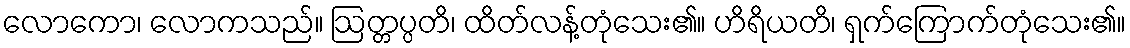
လောကော၊ လောကသည်။ ဩတ္တပ္ပတိ၊ ထိတ်လန့်တုံသေး၏။ ဟိရိယတိ၊ ရှက်ကြောက်တုံသေး၏။